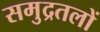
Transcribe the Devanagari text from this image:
समुद्रतलों